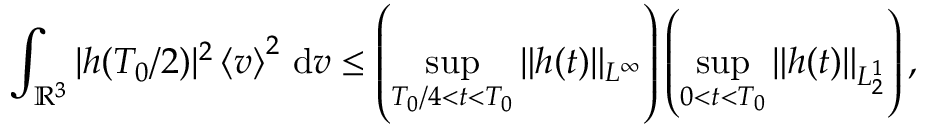
\int _ { \ensuremath { { \mathbb R } } ^ { 3 } } | h ( T _ { 0 } / 2 ) | ^ { 2 } \left\langle v \right\rangle ^ { 2 } \, \mathrm { d } v \le \left( \operatorname* { s u p } _ { T _ { 0 } / 4 < t < T _ { 0 } } \| h ( t ) \| _ { L ^ { \infty } } \right) \left( \operatorname* { s u p } _ { 0 < t < T _ { 0 } } \| h ( t ) \| _ { L _ { 2 } ^ { 1 } } \right) ,